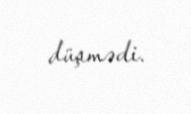
düşmədi.